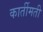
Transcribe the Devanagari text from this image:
कार्तीमती